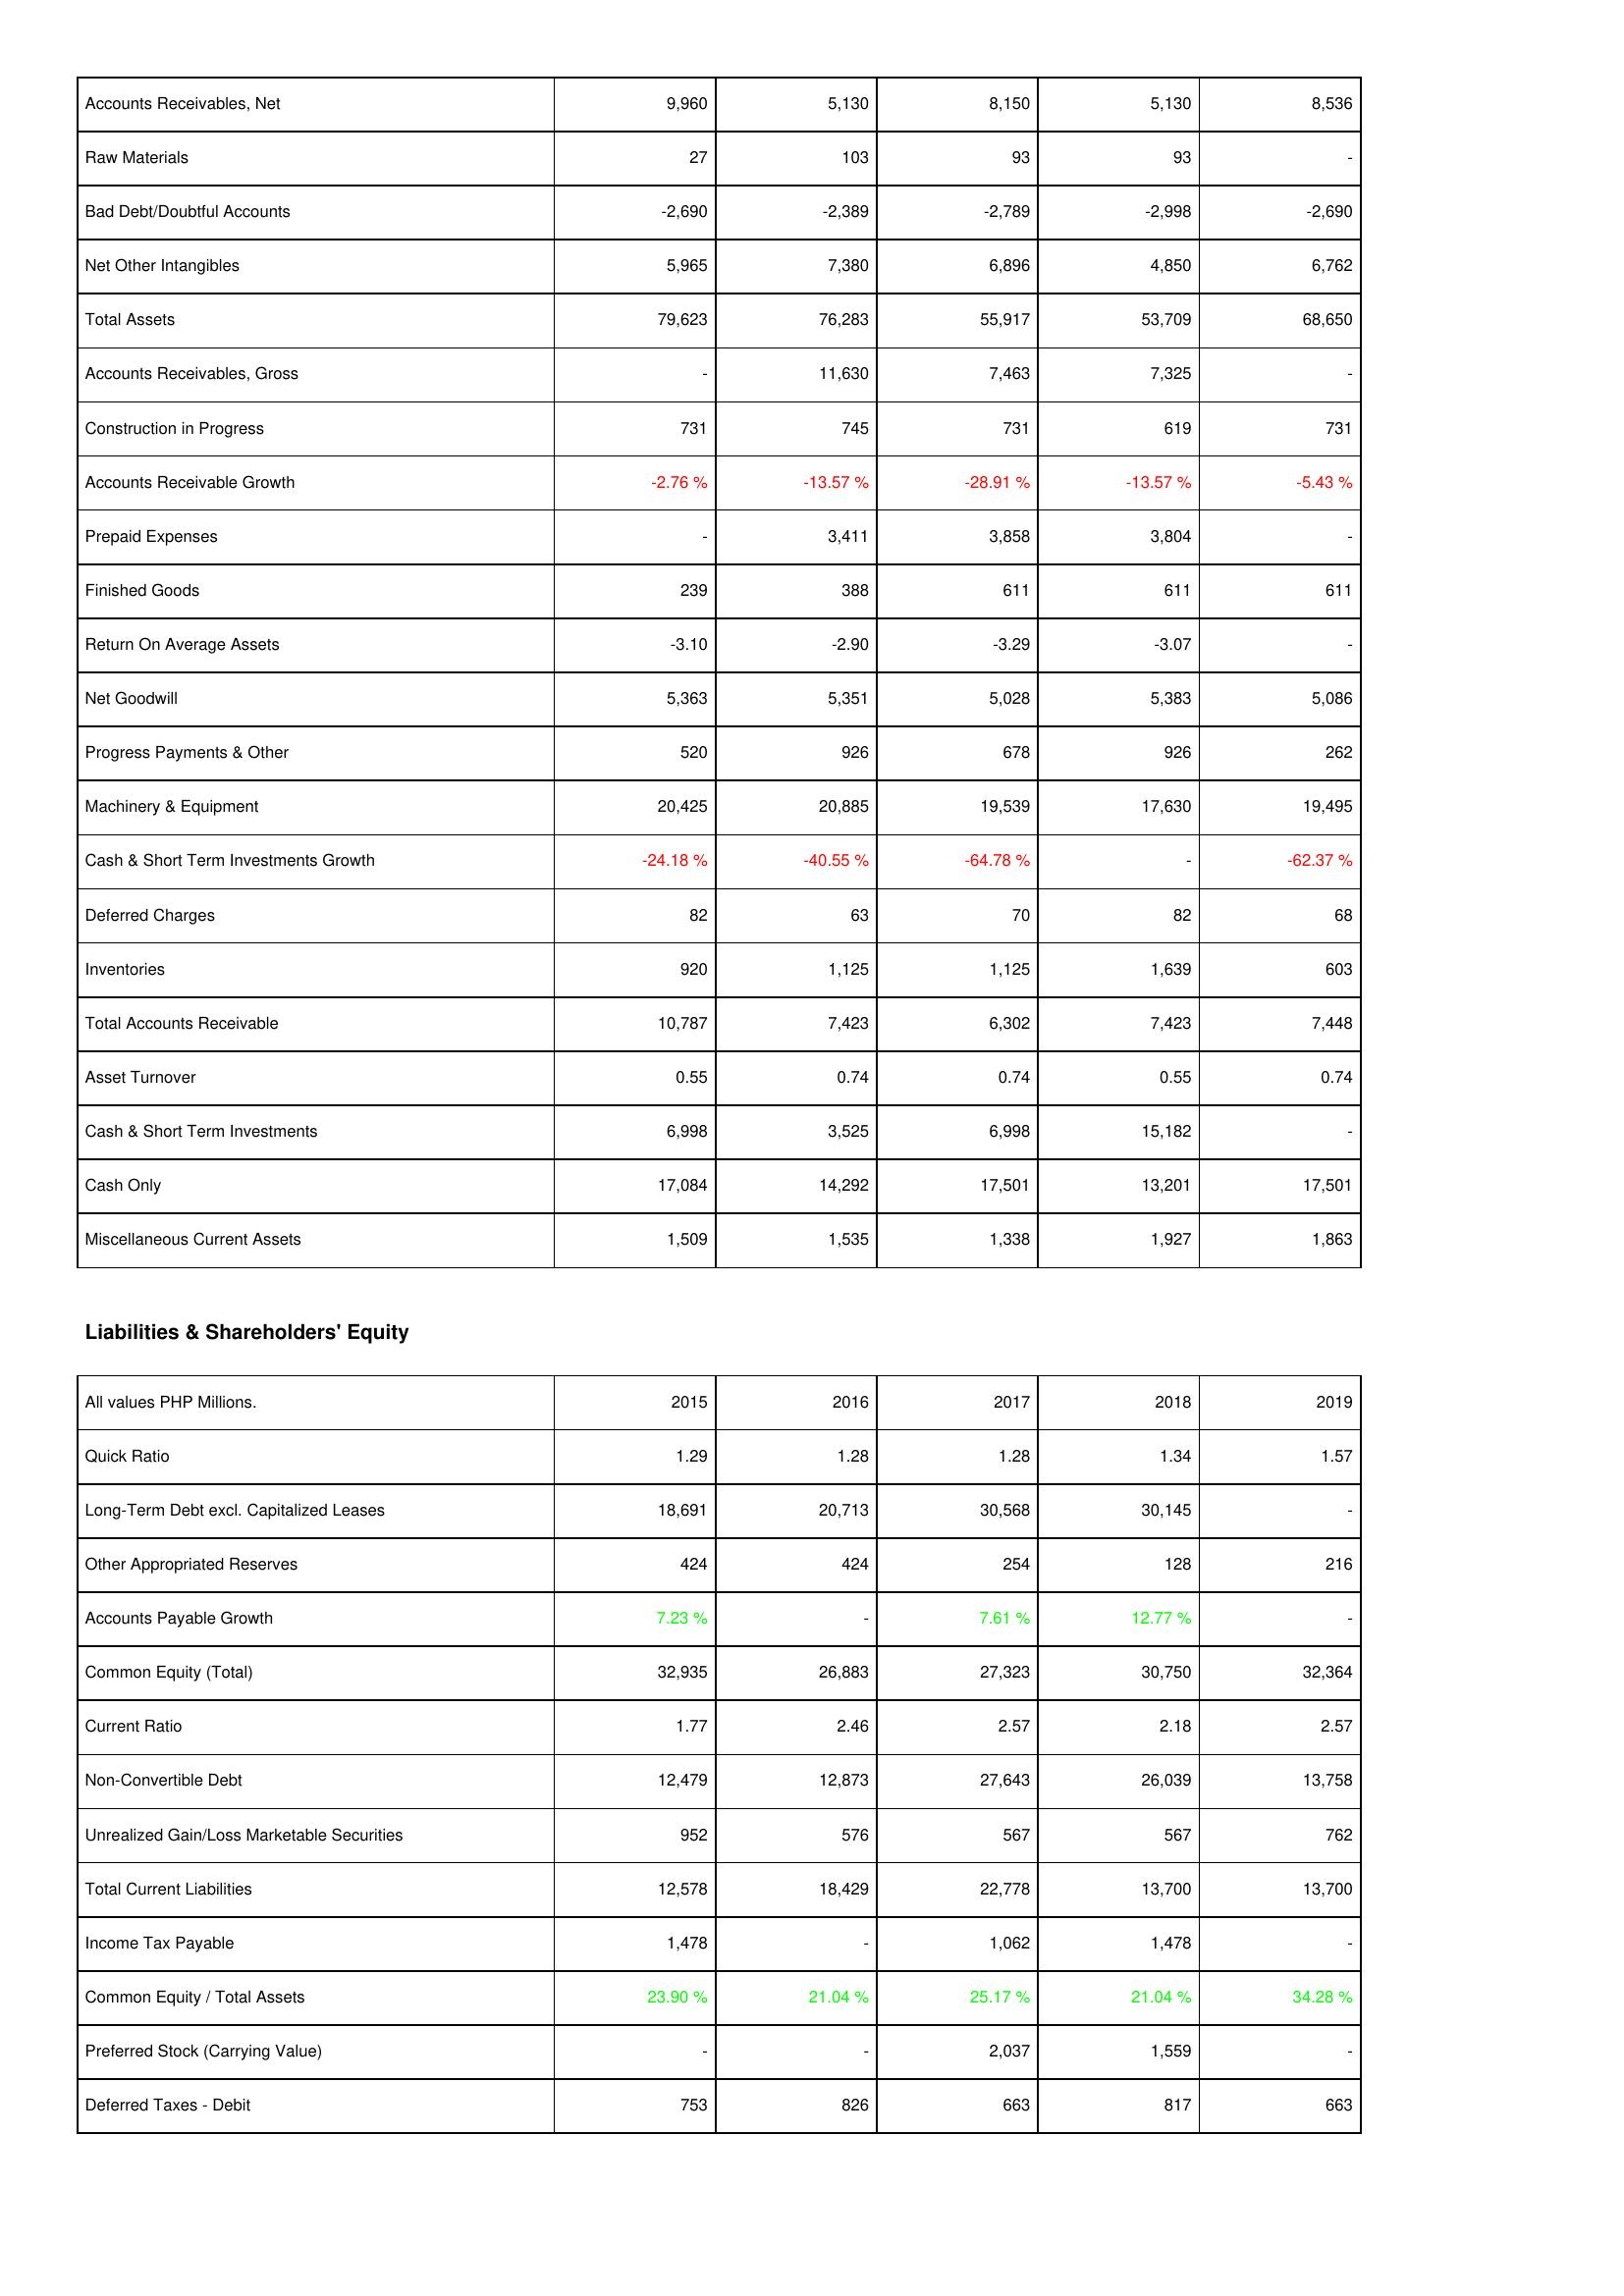
2015: Assets: Accounts Receivables, Net: 9,960
Raw Materials: 27
Bad Debt/Doubtful Accounts: -2,690
Net Other Intangibles: 5,965
Total Assets: 79,623
Accounts Receivables, Gross: -
Construction in Progress: 731
Accounts Receivable Growth: -2.76 %
Prepaid Expenses: -
Finished Goods: 239
Return On Average Assets: -3.10
Net Goodwill: 5,363
Progress Payments & Other: 520
Machinery & Equipment: 20,425
Cash & Short Term Investments Growth: -24.18 %
Deferred Charges: 82
Inventories: 920
Total Accounts Receivable: 10,787
Asset Turnover: 0.55
Cash & Short Term Investments: 6,998
Cash Only: 17,084
Miscellaneous Current Assets: 1,509
Liabilities & Shareholders' Equity: Quick Ratio: 1.29
Long-Term Debt excl. Capitalized Leases: 18,691
Other Appropriated Reserves: 424
Accounts Payable Growth: 7.23 %
Common Equity (Total): 32,935
Current Ratio: 1.77
Non-Convertible Debt: 12,479
Unrealized Gain/Loss Marketable Securities: 952
Total Current Liabilities: 12,578
Income Tax Payable: 1,478
Common Equity / Total Assets: 23.90 %
Preferred Stock (Carrying Value): -
Deferred Taxes - Debit: 753
2016: Assets: Accounts Receivables, Net: 5,130
Raw Materials: 103
Bad Debt/Doubtful Accounts: -2,389
Net Other Intangibles: 7,380
Total Assets: 76,283
Accounts Receivables, Gross: 11,630
Construction in Progress: 745
Accounts Receivable Growth: -13.57 %
Prepaid Expenses: 3,411
Finished Goods: 388
Return On Average Assets: -2.90
Net Goodwill: 5,351
Progress Payments & Other: 926
Machinery & Equipment: 20,885
Cash & Short Term Investments Growth: -40.55 %
Deferred Charges: 63
Inventories: 1,125
Total Accounts Receivable: 7,423
Asset Turnover: 0.74
Cash & Short Term Investments: 3,525
Cash Only: 14,292
Miscellaneous Current Assets: 1,535
Liabilities & Shareholders' Equity: Quick Ratio: 1.28
Long-Term Debt excl. Capitalized Leases: 20,713
Other Appropriated Reserves: 424
Accounts Payable Growth: -
Common Equity (Total): 26,883
Current Ratio: 2.46
Non-Convertible Debt: 12,873
Unrealized Gain/Loss Marketable Securities: 576
Total Current Liabilities: 18,429
Income Tax Payable: -
Common Equity / Total Assets: 21.04 %
Preferred Stock (Carrying Value): -
Deferred Taxes - Debit: 826
2017: Assets: Accounts Receivables, Net: 8,150
Raw Materials: 93
Bad Debt/Doubtful Accounts: -2,789
Net Other Intangibles: 6,896
Total Assets: 55,917
Accounts Receivables, Gross: 7,463
Construction in Progress: 731
Accounts Receivable Growth: -28.91 %
Prepaid Expenses: 3,858
Finished Goods: 611
Return On Average Assets: -3.29
Net Goodwill: 5,028
Progress Payments & Other: 678
Machinery & Equipment: 19,539
Cash & Short Term Investments Growth: -64.78 %
Deferred Charges: 70
Inventories: 1,125
Total Accounts Receivable: 6,302
Asset Turnover: 0.74
Cash & Short Term Investments: 6,998
Cash Only: 17,501
Miscellaneous Current Assets: 1,338
Liabilities & Shareholders' Equity: Quick Ratio: 1.28
Long-Term Debt excl. Capitalized Leases: 30,568
Other Appropriated Reserves: 254
Accounts Payable Growth: 7.61 %
Common Equity (Total): 27,323
Current Ratio: 2.57
Non-Convertible Debt: 27,643
Unrealized Gain/Loss Marketable Securities: 567
Total Current Liabilities: 22,778
Income Tax Payable: 1,062
Common Equity / Total Assets: 25.17 %
Preferred Stock (Carrying Value): 2,037
Deferred Taxes - Debit: 663
2018: Assets: Accounts Receivables, Net: 5,130
Raw Materials: 93
Bad Debt/Doubtful Accounts: -2,998
Net Other Intangibles: 4,850
Total Assets: 53,709
Accounts Receivables, Gross: 7,325
Construction in Progress: 619
Accounts Receivable Growth: -13.57 %
Prepaid Expenses: 3,804
Finished Goods: 611
Return On Average Assets: -3.07
Net Goodwill: 5,383
Progress Payments & Other: 926
Machinery & Equipment: 17,630
Cash & Short Term Investments Growth: -
Deferred Charges: 82
Inventories: 1,639
Total Accounts Receivable: 7,423
Asset Turnover: 0.55
Cash & Short Term Investments: 15,182
Cash Only: 13,201
Miscellaneous Current Assets: 1,927
Liabilities & Shareholders' Equity: Quick Ratio: 1.34
Long-Term Debt excl. Capitalized Leases: 30,145
Other Appropriated Reserves: 128
Accounts Payable Growth: 12.77 %
Common Equity (Total): 30,750
Current Ratio: 2.18
Non-Convertible Debt: 26,039
Unrealized Gain/Loss Marketable Securities: 567
Total Current Liabilities: 13,700
Income Tax Payable: 1,478
Common Equity / Total Assets: 21.04 %
Preferred Stock (Carrying Value): 1,559
Deferred Taxes - Debit: 817
2019: Assets: Accounts Receivables, Net: 8,536
Raw Materials: -
Bad Debt/Doubtful Accounts: -2,690
Net Other Intangibles: 6,762
Total Assets: 68,650
Accounts Receivables, Gross: -
Construction in Progress: 731
Accounts Receivable Growth: -5.43 %
Prepaid Expenses: -
Finished Goods: 611
Return On Average Assets: -
Net Goodwill: 5,086
Progress Payments & Other: 262
Machinery & Equipment: 19,495
Cash & Short Term Investments Growth: -62.37 %
Deferred Charges: 68
Inventories: 603
Total Accounts Receivable: 7,448
Asset Turnover: 0.74
Cash & Short Term Investments: -
Cash Only: 17,501
Miscellaneous Current Assets: 1,863
Liabilities & Shareholders' Equity: Quick Ratio: 1.57
Long-Term Debt excl. Capitalized Leases: -
Other Appropriated Reserves: 216
Accounts Payable Growth: -
Common Equity (Total): 32,364
Current Ratio: 2.57
Non-Convertible Debt: 13,758
Unrealized Gain/Loss Marketable Securities: 762
Total Current Liabilities: 13,700
Income Tax Payable: -
Common Equity / Total Assets: 34.28 %
Preferred Stock (Carrying Value): -
Deferred Taxes - Debit: 663